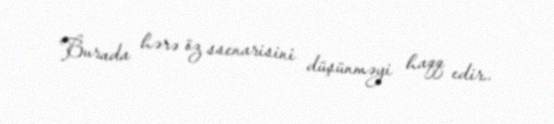
Burada hərə öz ssenarisini düşünməyi haqq edir..